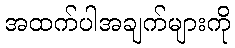
အထက်ပါအချက်များကို